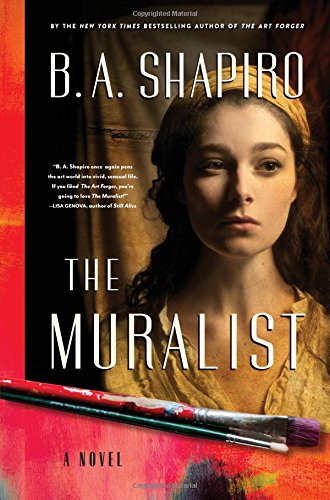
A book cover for The Muralist: A Novel; B. A. Shapiro; Mystery, Thriller & Suspense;